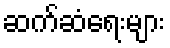
ဆက်ဆံရေးများ